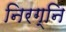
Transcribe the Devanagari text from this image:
निरग्नि